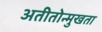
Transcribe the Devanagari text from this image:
अतीतोन्मुखता